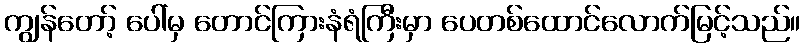
ကျွန်တော့် ပေါ်မှ တောင်ကြားနံရံကြီးမှာ ပေတစ်ထောင်လောက်မြင့်သည်။